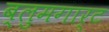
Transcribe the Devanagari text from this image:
ब्लुमगार्ट